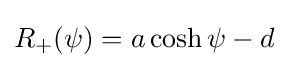
R_{+}(\psi )=a\cosh \psi -d